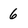
Character: 6